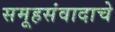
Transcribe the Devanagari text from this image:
समूहसंवादाचे